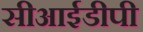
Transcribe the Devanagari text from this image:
सीआईडीपी